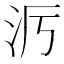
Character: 𪵭